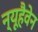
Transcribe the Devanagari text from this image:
न्यूहैवेन